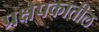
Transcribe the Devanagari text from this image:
प्रक्षेपकातील